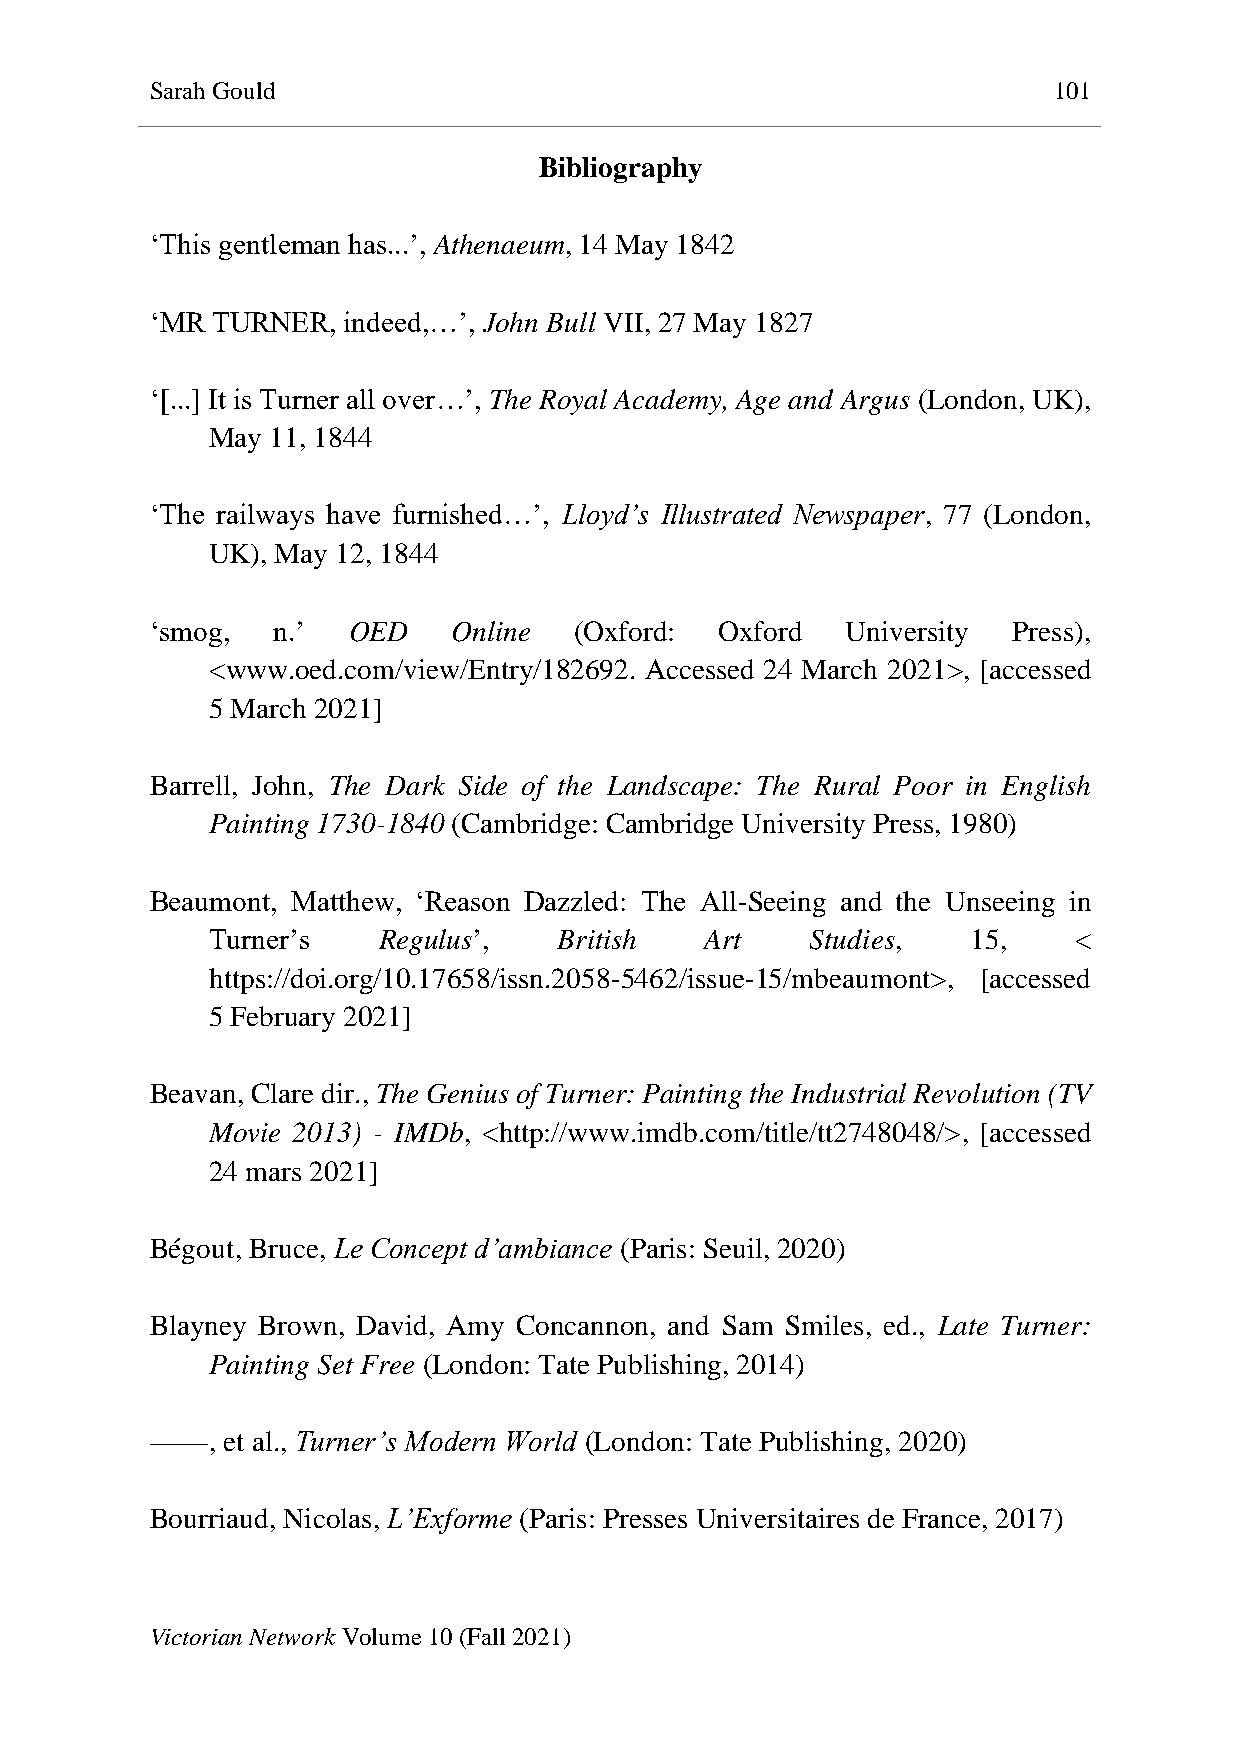
Sarah Gould                                                 101
 Bibliography
 ‘This gentleman has...’, Athenaeum, 14 May 1842
 ‘MR TURNER,  indeed,…’, John Bull VII, 27 May 1827
 ‘[...] It is Turner all over…’, The Royal Academy, Age and Argus (London, UK),
 May 11, 1844
 ‘The railways have furnished…’, Lloyd’s Illustrated Newspaper, 77 (London,
 UK), May 12, 1844
 ‘smog,  n.’  OED    Online  (Oxford:  Oxford  University Press),
 <www.oed.com/view/Entry/182692. Accessed 24 March 2021>, [accessed
 5 March 2021]
 Barrell, John, The Dark Side of the Landscape: The Rural Poor in English
 Painting 1730-1840 (Cambridge: Cambridge University Press, 1980)
 Beaumont, Matthew, ‘Reason Dazzled: The All-Seeing and the Unseeing in
 Turner’s   Regulus’,   British   Art    Studies,  15,    <
 https://doi.org/10.17658/issn.2058-5462/issue-15/mbeaumont>, [accessed
 5 February 2021]
 Beavan, Clare dir., The Genius of Turner: Painting the Industrial Revolution (TV
 Movie 2013) - IMDb, <http://www.imdb.com/title/tt2748048/>, [accessed
 24 mars 2021]
 Bégout, Bruce, Le Concept d’ambiance (Paris: Seuil, 2020)
 Blayney Brown, David, Amy Concannon, and Sam Smiles, ed., Late Turner:
 Painting Set Free (London: Tate Publishing, 2014)
 ——,  et al., Turner’s Modern World (London: Tate Publishing, 2020)
 Bourriaud, Nicolas, L’Exforme (Paris: Presses Universitaires de France, 2017)
 Victorian Network Volume 10 (Fall 2021)